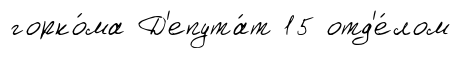
горко́ма Д'епута́т 15 отд'е́лом